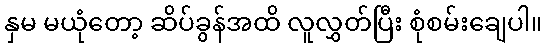
နှမ မယုံတော့ ဆိပ်ခွန်အထိ လူလွှတ်ပြီး စုံစမ်းချေပါ။